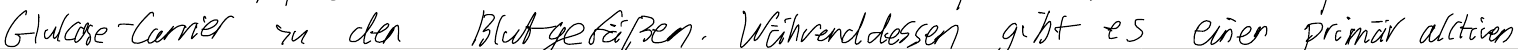
Glukose-Carrier zu den Blutgefäßen. Währenddessen gibt es einen primär aktiven